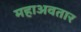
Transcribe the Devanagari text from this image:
महाअवतार